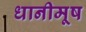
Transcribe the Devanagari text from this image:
धानीमूष